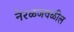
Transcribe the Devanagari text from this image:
नेरळजवळील